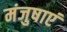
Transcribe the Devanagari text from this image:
मंजुषाएं